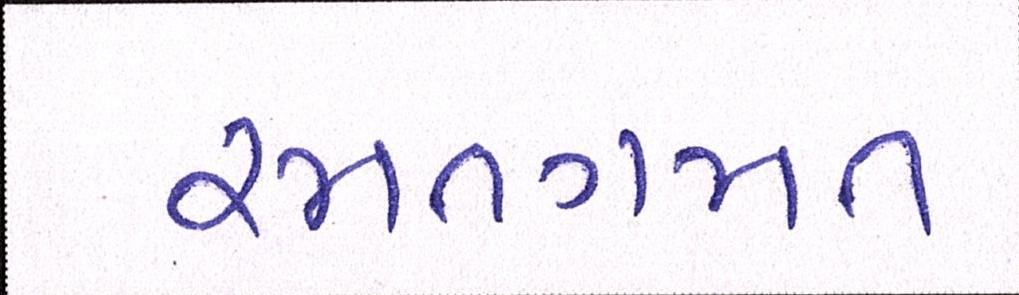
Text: રમતગમત